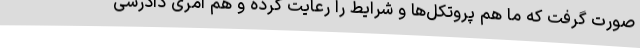
صورت گرفت که ما هم پروتکل‌ها و شرایط را رعایت کرده و هم امری دادرسی